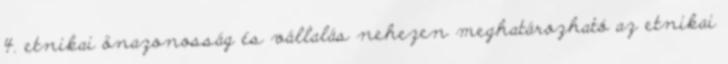
4. etnikai önazonosság és vállalás nehezen meghatározható az etnikai